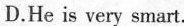
D.He is very smart.